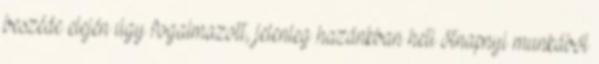
beszéde elején úgy fogalmazott, jelenleg hazánkban heti ötnapnyi munkából